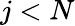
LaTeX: j<N